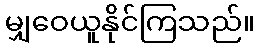
မျှဝေယူနိုင်ကြသည်။